Indian journal of veterinary science and animal husbandry - Volume 5,
Year: 1935
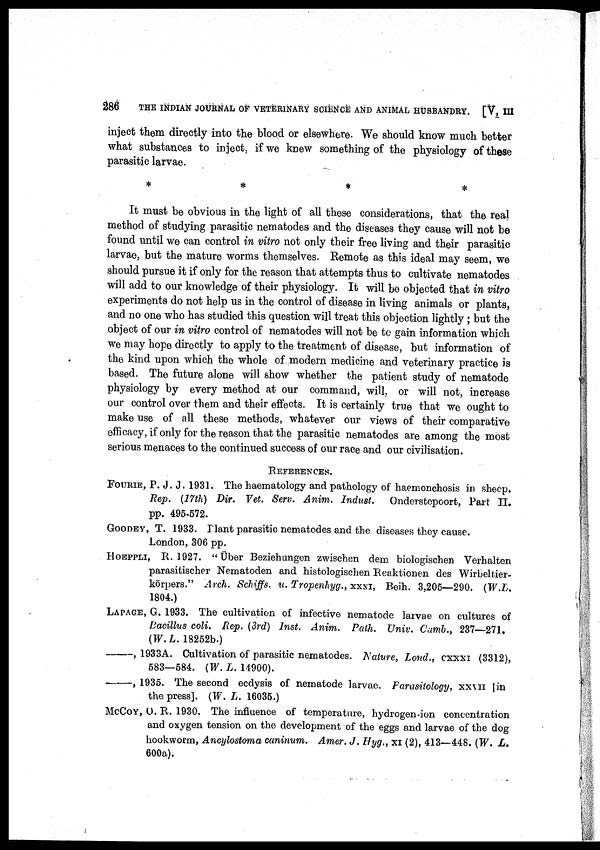
286
THE INDIAN JOURNAL OF VETERINARY SCIENCE AND ANIMAL HUSBANDRY. [V, III
inject them directly into the blood or elsewhere. We should know much better
what substances to inject, if we knew something of the physiology of these
parasitic larvae.
*
*
*
*
It must be obvious in the light of all these considerations, that the real
method of studying parasitic nematodes and the diseases they cause will not be
found until we can control in vitro not only their free living and their parasitic
larvae, but the mature worms themselves. Remote as this ideal may seem, we
should pursue it if only for the reason that attempts thus to cultivate nematodes
will add to our knowledge of their physiology. It will be objected that in vitro
experiments do not help us in the control of disease in living animals or plants,
and no one who has studied this question will treat this objection lightly ; but the
object of our in vitro control of nematodes will not be to gain information which
we may hope directly to apply to the treatment of disease, but information of
the kind upon which the whole of modern medicine and veterinary practice is
based. The future alone will show whether the patient study of nematode
physiology by every method at our command, will, or will not, increase
our control over them and their effects. It is certainly true that we ought to
make use of all these methods, whatever our views of their comparative
efficacy, if only for the reason that the parasitic nematodes are among the most
serious menaces to the continued success of our race and our civilisation.
REFERENCES.
FOURIE, P. J. J. 1931. The haematology and pathology of haemonchosis in sheep.
Rep. (17th) Dir. Vet. Serv. Anim. Indust.
Onderstepoort, Part II.
pp. 495-572.
GOODEY, T. 1933. Plant parasitic nematodes and the diseases they cause.
London, 306 pp.
HOEPPLI, R. 1927. "Über Beziehungen zwischen dem biologischen Verhalten
parasitischer Nematoden and histologischen Reaktionen des Wirbeltier-
körpers." Arch. Schiffs. u. Tropenhyg., XXXI, Beih. 3,205—290. (W.L.
1804.)
LAPAGE, G. 1933. The cultivation of infective nematode larvae on cultures of
Bacillus coli. Rep. (3rd) Inst. Anim. Path. Univ. Camb., 237—271.
(W. L. 18252b.)
—,
1933A. Cultivation of parasitic nematodes. Nature, Lond., CXXXI (3312),
583—584. (W. L. 14900).
—,
1935. The second ecdysis of nematode larvae. Parasitology, XXVII [in
the press]. (W. L. 16035.)
McCOY, O. R. 1930. The influence of temperature, hydrogen-ion concentration
and oxygen tension on the development of the eggs and larvae of the dog
hookworm, Ancylostoma caninum. Amer. J. Hyg., XI (2), 413—448. (W. L.
600a).